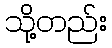
သို့တည်း